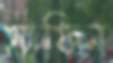
সাফিন